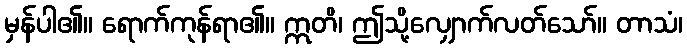
မှန်ပါ၏။ ရောက်ကုန်ရာ၏။ ဣတိ၊ ဤသို့လျှောက်လတ်သော်။ တာသံ၊